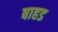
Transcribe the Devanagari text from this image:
बाहड